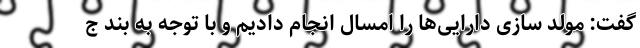
گفت: مولد سازی دارایی‌ها را امسال انجام دادیم و با توجه به بند ج